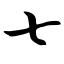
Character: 七